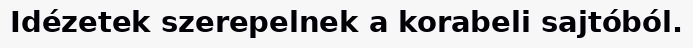
Idézetek szerepelnek a korabeli sajtóból.